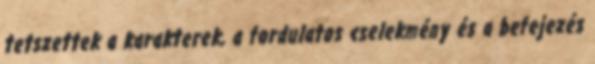
tetszettek a karakterek, a fordulatos cselekmény és a befejezés